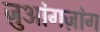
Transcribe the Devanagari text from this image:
ज़ुआंगज़ांग